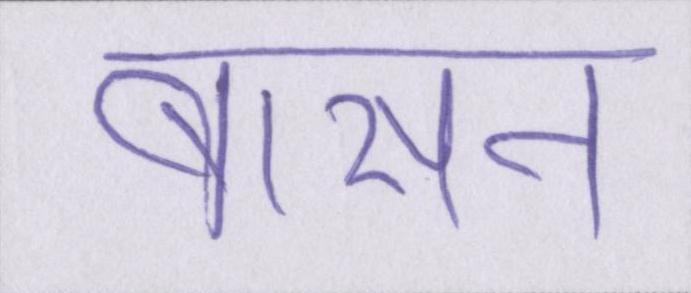
बासन